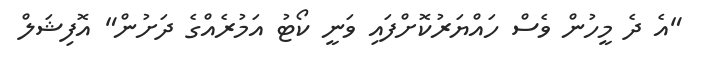
"އެ ދެ މީހުން ވެސް ހައްޔަރުކޮށްފައި ވަނީ ކޯޓު އަމުރެއްގެ ދަށުން" އޮފިޝަލް